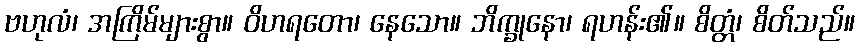
ဗဟုလံ၊ အကြိမ်များစွာ။ ဝိဟရတော၊ နေသော။ ဘိက္ခုနော၊ ရဟန်း၏။ စိတ္တံ၊ စိတ်သည်။